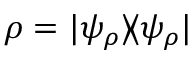
\rho = | \psi _ { \rho } \rangle \! \langle \psi _ { \rho } |